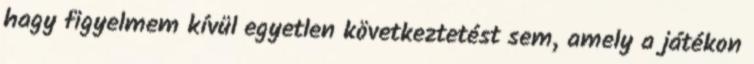
hagy figyelmem kívül egyetlen következtetést sem, amely a játékon